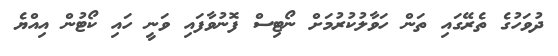
ދުވަހުގެ ތެރޭގައި ތަން ހަވާލުކުރުމަށް ނޯޓިސް ފޮނުވާފައި ވަނީ ހައި ކޯޓުން އިއްޔެ